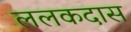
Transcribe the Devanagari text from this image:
ललकदास